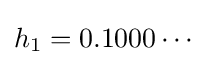
h_{1}=0.1000\cdots